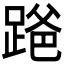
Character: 𫏒